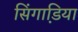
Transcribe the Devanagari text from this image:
सिंगाडि़या